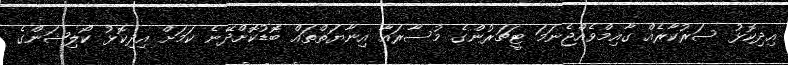
އިދިކޮޅު ސަރުކާރެއް ގާއިމްވެއްޖެނަމަ ޓީޗަރުންގެ މުސާރައާ އިނާޔަތްތައް ބޮޑުކޮށްދޭނެ ކަމަށް އިދިކޮޅު ކޯލިޝަންގެ